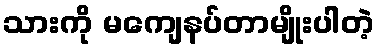
သားကို မကျေနပ်တာမျိုးပါတဲ့